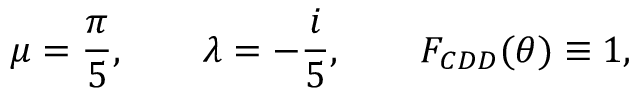
\mu = \frac { \pi } { 5 } , \qquad \lambda = - \frac { i } { 5 } , \qquad F _ { C D D } ( \theta ) \equiv 1 ,